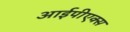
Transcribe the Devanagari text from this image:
आईपीएक्स